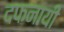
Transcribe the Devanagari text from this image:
दफनायी